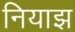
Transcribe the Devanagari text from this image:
नियाझ